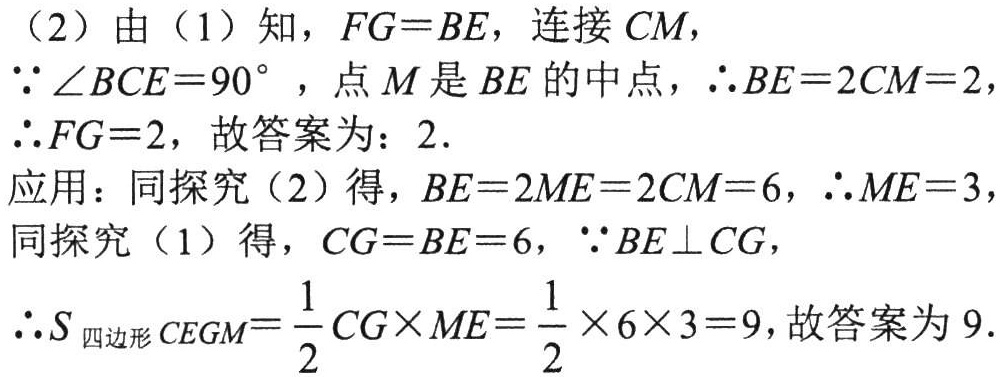
（2）由（1）知，\(FG = BE\)，连接 \(CM\)，
\(\because\angle BCE = 90^{\circ}\)，点 \(M\) 是 \(BE\) 的中点，\(\therefore BE = 2CM = 2\)，
\(\therefore FG = 2\)，故答案为：\(2\).
应用：同探究（2）得，\(BE = 2ME = 2CM = 6\)，\(\therefore ME = 3\)，
同探究（1）得，\(CG = BE = 6\)，\(\because BE\perp CG\)，
\(\therefore S_{四边形 CEGM}=\frac{1}{2}CG\times ME=\frac{1}{2}\times6\times3 = 9\)，故答案为 \(9\).